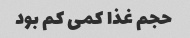
حجم غذا کمی کم بود